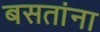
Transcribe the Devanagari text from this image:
बसतांना